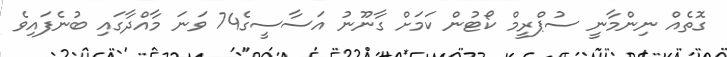
ގޮތެއް ނިންމާނީ ސުޕްރީމް ކޯޓުން ކަމަށް ގާނޫނު އަސާސީގެ74 ވަނަ މާއްދާގައި ބުނެފައިވެ